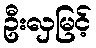
ဦးလှမြင့်